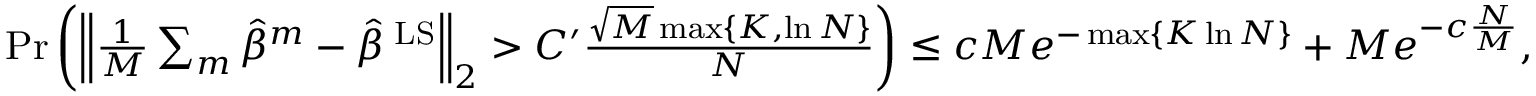
\begin{array} { r } { \operatorname* { P r } \left( \Big \| \frac 1 M \sum _ { m } \hat { \beta } ^ { m } - \hat { \beta } ^ { \mathrm { \tiny ~ L S } } \Big \| _ { 2 } > C ^ { \prime } \frac { \sqrt { M } \operatorname* { m a x } \{ K , \ln N \} } { N } \right) \leq c M e ^ { - \operatorname* { m a x } \{ K \ln N \} } + M e ^ { - c \frac { N } M } , } \end{array}